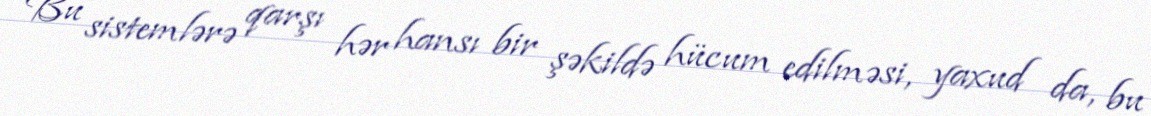
Bu sistemlərə qarşı hər hansı bir şəkildə hücum edilməsi, yaxud da, bu